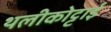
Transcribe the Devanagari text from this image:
थलीकोट्टाई